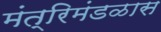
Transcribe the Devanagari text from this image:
मंत्रिमंडळास